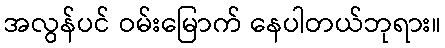
အလွန်ပင် ဝမ်းမြောက် နေပါတယ်ဘုရား။